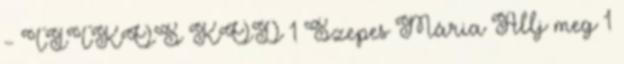
- TITKOS KÓD 1 Szepes Mária Állj meg 1